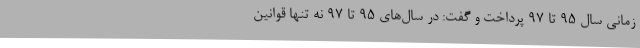
زمانی سال ۹۵ تا ۹۷ پرداخت و گفت: در سال‌های ۹۵ تا ۹۷ نه ‌تنها قوانین